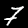
Digit: 7